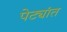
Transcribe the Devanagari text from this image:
पेट्यांत